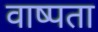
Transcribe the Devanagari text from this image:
वाष्पता